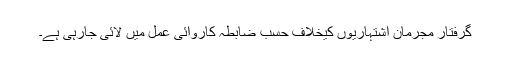
گرفتار مجرمان اشتہاریوں کیخلاف حسب ضابطہ کاروائی عمل میں لائی جارہی ہے۔